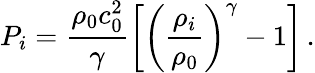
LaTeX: P_{i}=\frac{\rho_{0}c_{0}^{2}}{\gamma}\left[\left(\frac{\rho_{i}}{\rho_{0}}\right)^{\gamma}-1\right]\, .